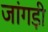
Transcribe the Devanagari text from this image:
जांगड़ी